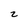
Character: z